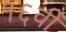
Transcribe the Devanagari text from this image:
१६वीँ